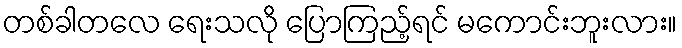
တစ်ခါတလေ ရေးသလို ပြောကြည့်ရင် မကောင်းဘူးလား။